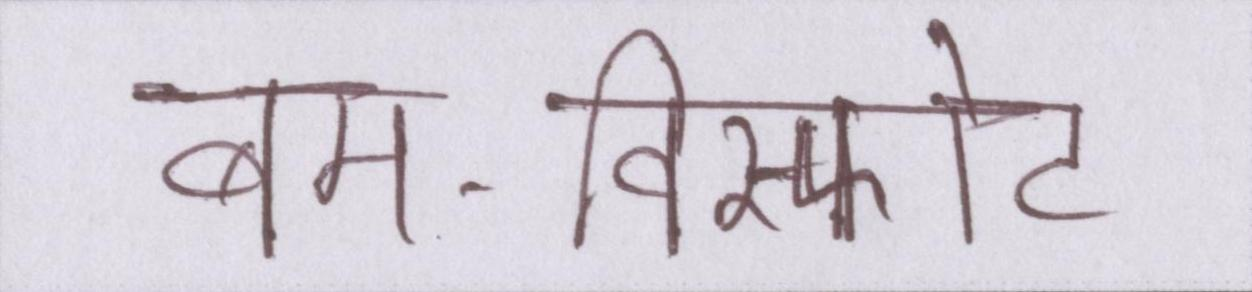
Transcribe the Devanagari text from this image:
बम-विस्फोट